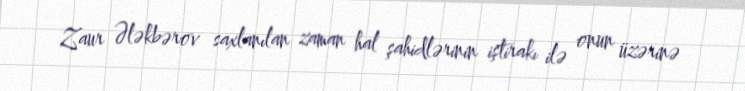
Zaur Ələkbərov saxlanılan zaman hal şahidlərinin iştirakı ilə onun üzərinə